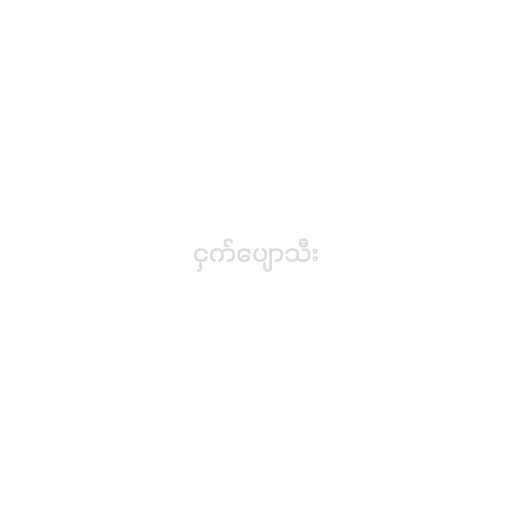
ငှက်ပျောသီး